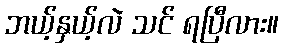
ဘယ့်နှယ့်လဲ သင် ရပြီလား။